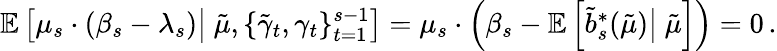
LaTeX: \begin{array}{r}{\mathbb{E}\left[\mu_{s}\cdot(\beta_{s}-\lambda_{s})\big|\ \tilde{\mu},\{ \tilde{\gamma}_{t},\gamma_{t}\} _{t=1}^{s-1}\right]=\mu_{s}\cdot\left(\beta_{s}-\mathbb{E}\left[\tilde{b}_{s}^{*}(\tilde{\mu})\big|\ \tilde{\mu}\right]\right)=0\, .}\end{array}